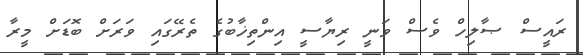
ރައީސް ޞާލިހް ވެސް ވަނީ ރިޔާސީ އިންތިޚާބުގެ ތެރޭގައި ވަރަށް ބޮޑަށް މީރާ